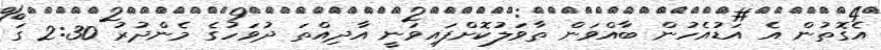
އެގޮތުން އެ އަޑުއެހުން ބާއްވަން ތާވަލުކޮށްފައިވަނީ އާދިއްތަ ދުވަހުގެ މެންދުރު 2:30 ގަ